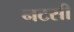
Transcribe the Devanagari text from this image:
नटसी